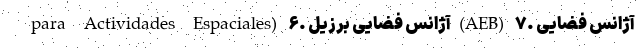
para Actividades Espaciales) ۶. آژانس فضایی برزیل(AEB) ۷. آژانس فضایی